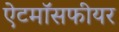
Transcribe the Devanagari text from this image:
ऐटमॉसफीयर